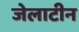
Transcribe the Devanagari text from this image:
जेलाटीन